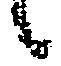
候